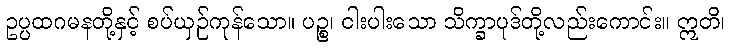
ဥပ္ပထဂမနတို့နှင့် စပ်ယှဉ်ကုန်သော။ ပဉ္စ၊ ငါးပါးသော သိက္ခာပုဒ်တို့လည်းကောင်း။ ဣတိ၊